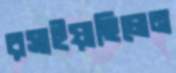
রসাইয়াছিলেন